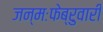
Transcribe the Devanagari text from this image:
जन्मःफेब्रुवारी